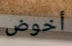
أخوض